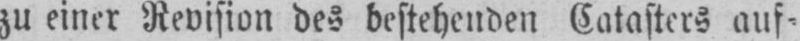
zu einer Revision des bestehenden Catasters auf⸗